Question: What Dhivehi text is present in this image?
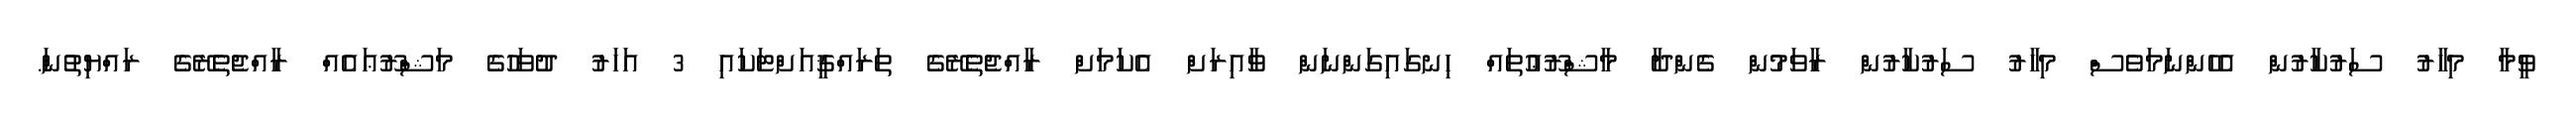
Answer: ވީމާ މިހާރު ސަރުކާރުން އެހެންނަމަވެސް މިހާރު ސަރުކާރުން ރާވަމުން ގެންދާ މާޝްރޫޢުތައް ހިނގައިގަންނަން ވާއިރަށް އެކަމަށް ރާއްޖެތެރޭގެ ތަރައްޤީއަށްޓަކައި 3 އަހަރު ދުވަހުގެ މަޝްރޫޢައެއް ރާއްޖެތެރޭގެ ރައްޔިތުންަ.